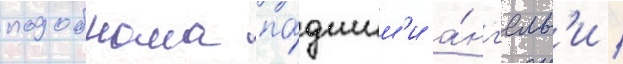
подобрана па́дшим'и а́нг'елам'и /